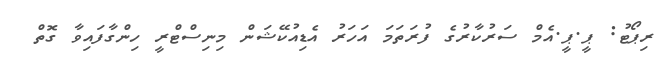
ރިޕޯޓު: ޕީ.ޕީ.އެމް ސަރުކާރުގެ ފުރަތަމަ އަހަރު އެޑިއުކޭޝަން މިނިސްޓްރީ ހިންގާފައިވާ ގޮތް